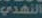
النهدي